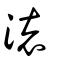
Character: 瀤